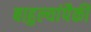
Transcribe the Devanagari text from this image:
बाहुल्यांपैकी